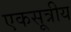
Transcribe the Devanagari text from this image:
एकसूत्रीय